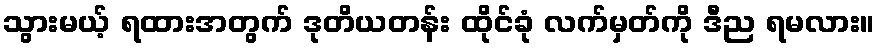
သွားမယ့် ရထားအတွက် ဒုတိယတန်း ထိုင်ခုံ လက်မှတ်ကို ဒီည ရမလား။